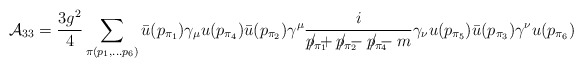
\begin{align*}{\cal A}_{33}=\frac{3g^2}{4}\sum_{\pi(p_1,\ldots p_6)} \bar{u}(p_{\pi_1})\gamma_{\mu}u(p_{\pi_4})\bar{u}(p_{\pi_2})\gamma^{\mu} \frac{i}{p_{\pi_1} \! \! \!\! \! \! \!/+p_{\pi_2} \!\! \! \!\! \! \!/-p_{\pi_4} \! \!\!\!\!\!\!/-m}\gamma_{\nu}u(p_{\pi_5})\bar{u}(p_{\pi_3})\gamma^{\nu} u(p_{\pi_6})\end{align*}